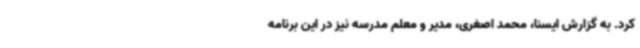
کرد. به گزارش ایسنا، محمد اصغری، مدیر و معلم مدرسه نیز در این برنامه